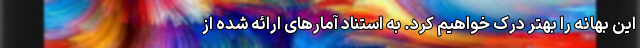
این بهانه را بهتر درک خواهیم کرد. به استناد آمارهای ارائه شده از